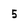
Character: 5